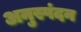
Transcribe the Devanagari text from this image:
अनुस्पंदन